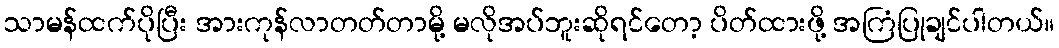
သာမန်ထက်ပိုပြီး အားကုန်လာတတ်တာမို့ မလိုအပ်ဘူးဆိုရင်တော့ ပိတ်ထားဖို့ အကြံပြုချင်ပါတယ်။